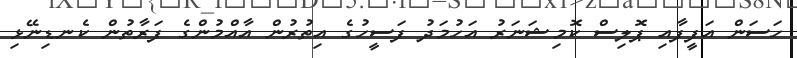
ހަސަން އަފީފާއި ޕޮލިސް ކޮމިޝަނަރު އަހުމަދު ފަސީހުގެ އިތުރުން އާއްމުންގެ ފަރާތުން ކެނޑިނޭޅި